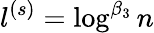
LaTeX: l^{(s)}=\log^{\beta_{3}}n